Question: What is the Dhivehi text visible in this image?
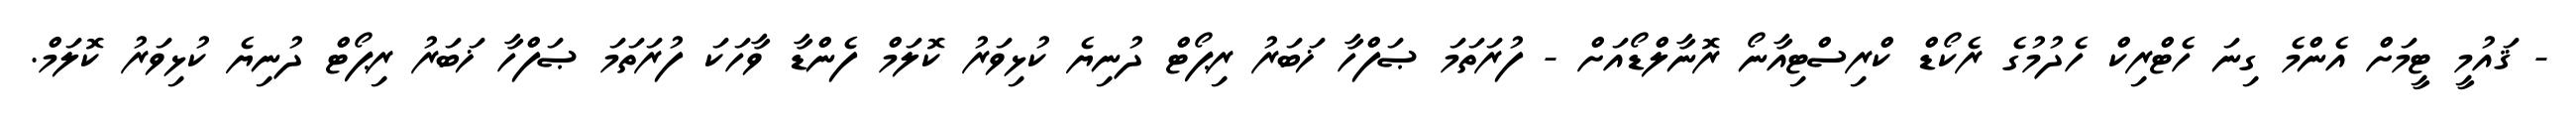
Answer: - ޤައުމީ ޓީމަށް އެންމެ ގިނަ ހެޓްރިކް ހެދުމުގެ ރެކޯޑް ކްރިސްޓިއާނޯ ރޮނާލްޑޯއަށް - ފުރަތަމަ ޞަފްހާ ޚަބަރު ރިޕޯޓް ދުނިޔެ ކުޅިވަރު ކޮލަމް ފެންޑާ ވާހަކަ ފުރަތަމަ ޞަފްހާ ޚަބަރު ރިޕޯޓް ދުނިޔެ ކުޅިވަރު ކޮލަމް.